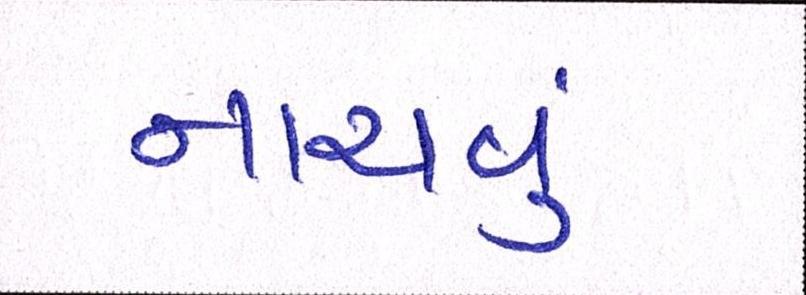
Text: નાચવું